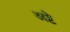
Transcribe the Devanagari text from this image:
अष्टे